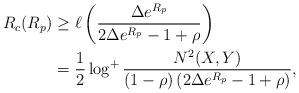
LaTeX: \begin{align*}R_c( R_p) &\geq \ell \left(\frac{\Delta e^{R_p}}{2\Delta e^{R_p}-1+\rho} \right) \\&=\frac{1}{2} \log^+ \frac{N^2(X,Y)}{(1-\rho) \left( 2 \Delta e^{R_p}-1+\rho \right) },\end{align*}